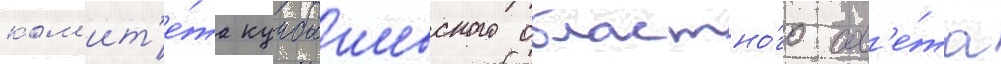
ком'ит'е́та куибышевского областно́го сов'е́та